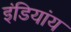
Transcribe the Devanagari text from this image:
इंडियांय